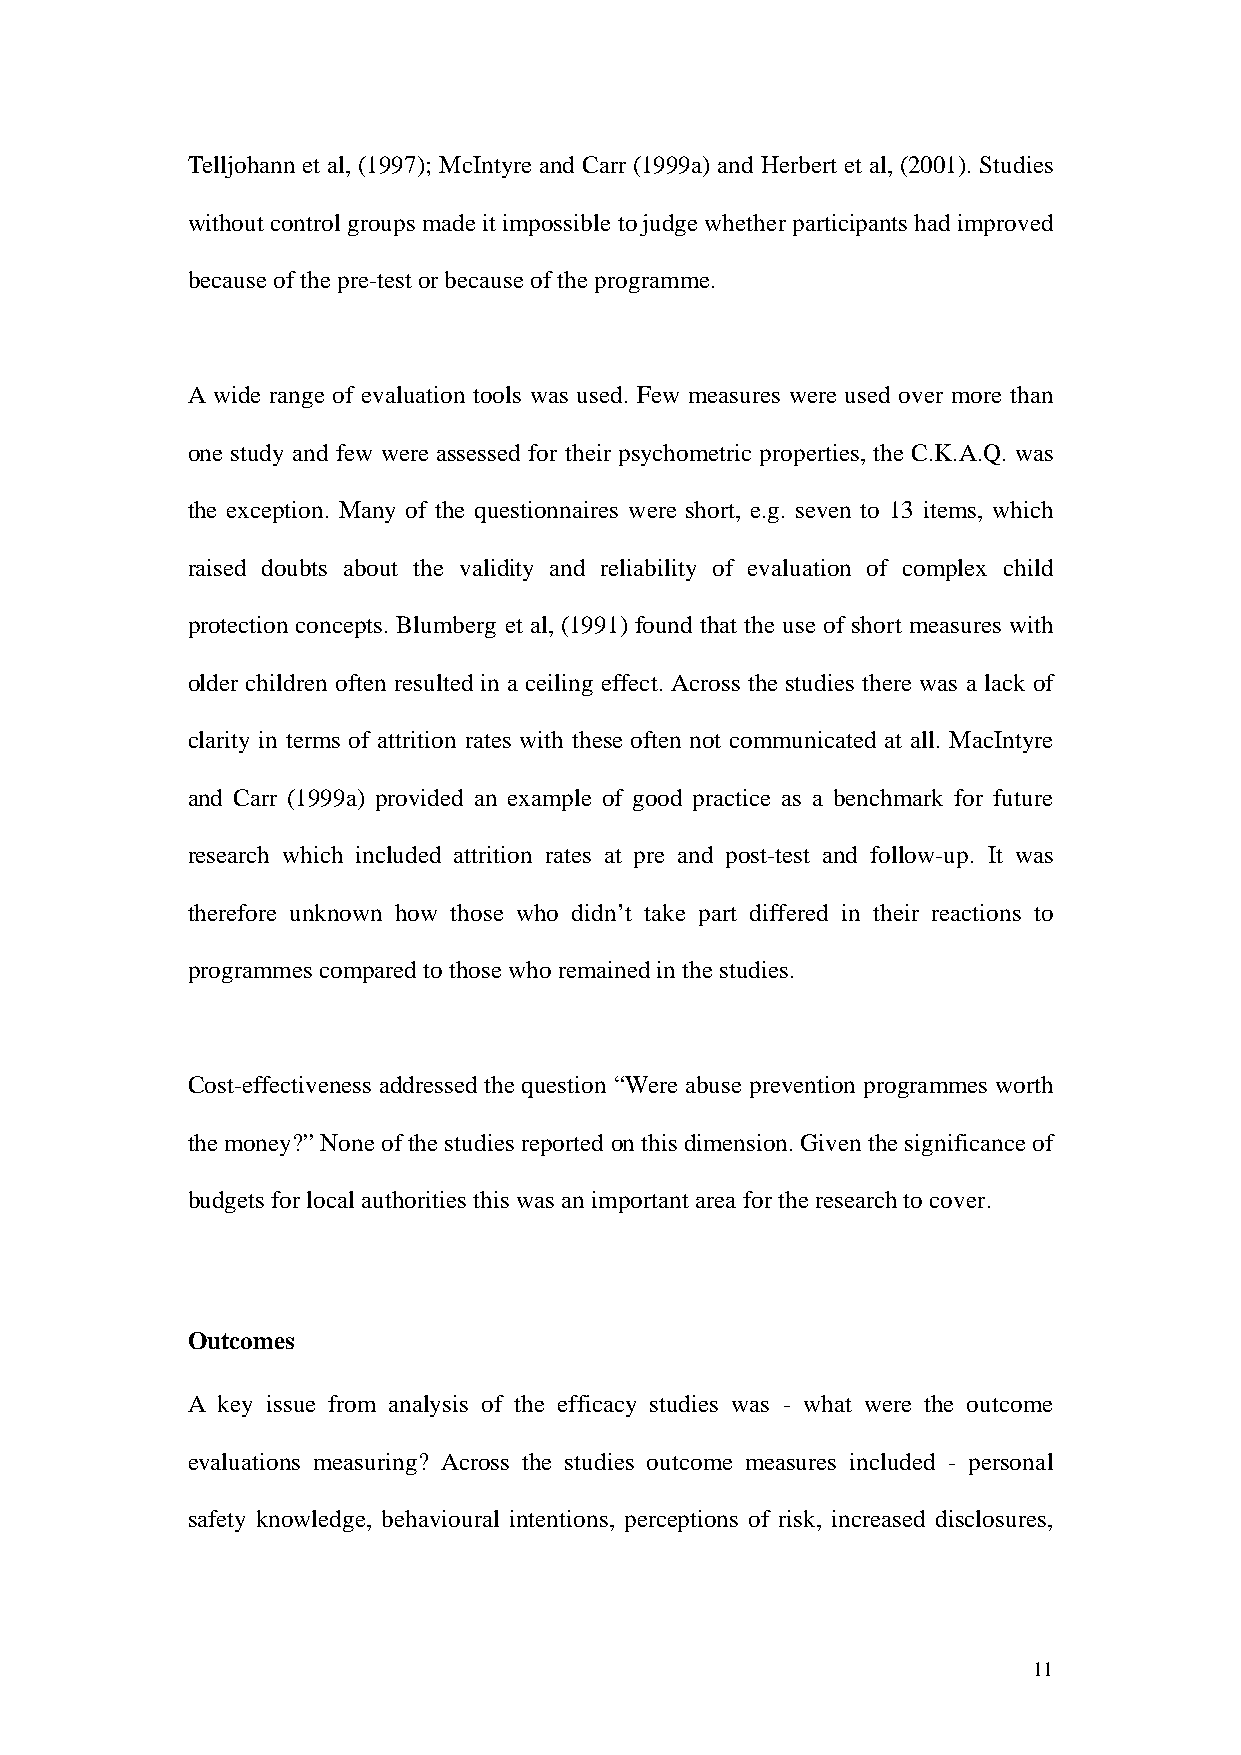
Telljohann et al, (1997); McIntyre and Carr (1999a) and Herbert et al, (2001). Studies
 without control groups made it impossible to judge whether participants had improved
 because of the pre-test or because of the programme.
 A wide range of evaluation tools was used. Few measures were used over more than
 one study and few were assessed for their psychometric properties, the C.K.A.Q. was
 the exception. Many of the questionnaires were short, e.g. seven to 13 items, which
 raised doubts about the validity and reliability of evaluation of complex child
 protection concepts. Blumberg et al, (1991) found that the use of short measures with
 older children often resulted in a ceiling effect. Across the studies there was a lack of
 clarity in terms of attrition rates with these often not communicated at all. MacIntyre
 and Carr (1999a) provided an example of good practice as a benchmark for future
 research which included attrition rates at pre and post-test and follow-up. It was
 therefore unknown how those who didn’t take part differed in their reactions to
 programmes compared to those who remained in the studies.
 Cost-effectiveness addressed the question “Were abuse prevention programmes worth
 the money?” None of the studies reported on this dimension. Given the significance of
 budgets for local authorities this was an important area for the research to cover.
 Outcomes
 A key issue from analysis of the efficacy studies was - what were the outcome
 evaluations measuring? Across the studies outcome measures included - personal
 safety knowledge, behavioural intentions, perceptions of risk, increased disclosures,
 11